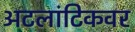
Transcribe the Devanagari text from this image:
अटलांटिकवर